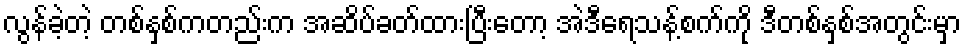
လွန်ခဲ့တဲ့ တစ်နှစ်ကတည်းက အဆိပ်ခတ်ထားပြီးတော့ အဲဒီရေသန့်စက်ကို ဒီတစ်နှစ်အတွင်းမှာ